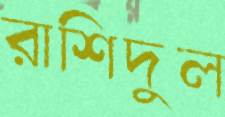
রাশিদুল